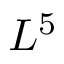
L ^ { 5 }